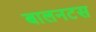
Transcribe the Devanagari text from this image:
बालनटस